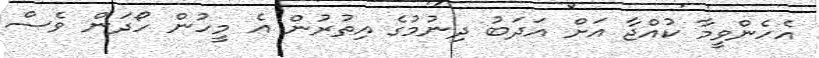
އެހެންވީމާ ކުއްޖާ އަށް އަދަބު ދިނުމުގެ އިތުރުން އެ މީހުން ހޯދަން ވެސް